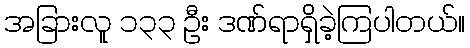
အခြားလူ ၁၃၃ ဦး ဒဏ်ရာရှိခဲ့ကြပါတယ်။